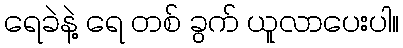
ရေခဲနဲ့ ရေ တစ် ခွက် ယူလာပေးပါ။